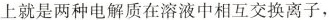
上就是两种电解质在溶液中相互交换离子，